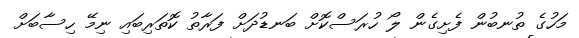
މަހުގެ ތުނބުން ފެށިގެން ލޯ ހުރަސްކޮށް ބަނޑުދަށް ފަރާތު ކޮތަރިބައި ނިމޭ ހިސާބަށް